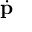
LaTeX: \dot { \mathbf { p } }